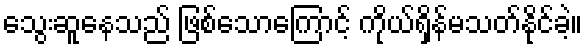
သွေးဆူနေသည် ဖြစ်သောကြောင့် ကိုယ်ရှိန်မသတ်နိုင်ခဲ့။